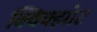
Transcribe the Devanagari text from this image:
क्विक्झोट